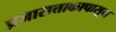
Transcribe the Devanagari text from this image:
प्रजासत्ताकापासून